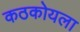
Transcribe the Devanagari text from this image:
कठकोयला